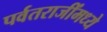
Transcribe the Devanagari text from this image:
पर्वतराजींमध्ये